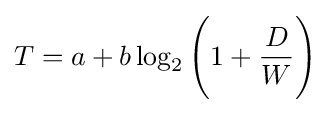
T=a+b\log _{2}{\Bigg (}1+{\frac {D}{W}}{\Bigg )}